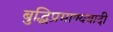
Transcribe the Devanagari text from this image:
बुद्धिप्रमाण्यवादी